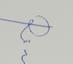
Signature authenticity: genuine